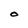
Character: O